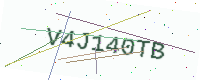
Text: V4J140TB